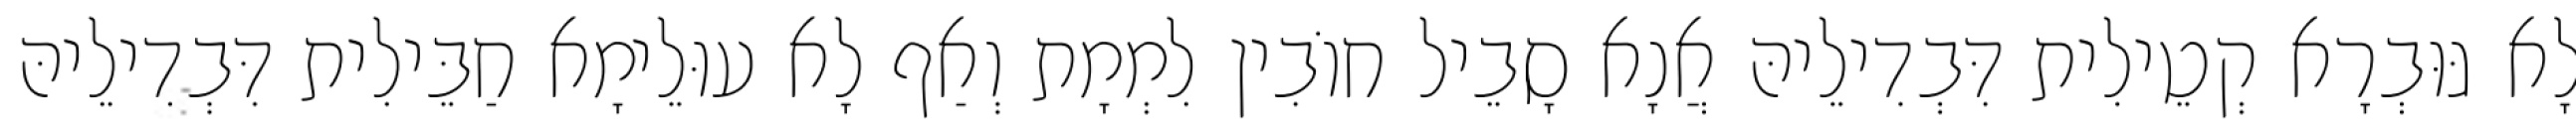
לָא גּוּבְרָא קְטֵילִית דִּבְדִילֵיהּ אֲנָא סָבֵיל חוֹבִין לִמְמָת וְאַף לָא עוּלֵימָא חַבֵּילִית דִּבְדִילֵיהּ